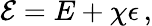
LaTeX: {\mathcal E}=E+\chi\epsilon\, ,